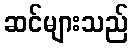
ဆင်များသည်